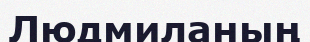
Людмиланың